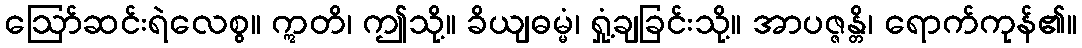
ဩော်ဆင်းရဲလေစွ။ ဣတိ၊ ဤသို့။ ခိယျဓမ္မံ၊ ရှုံ့ချခြင်းသို့။ အာပဇ္ဇန္တိ၊ ရောက်ကုန်၏။